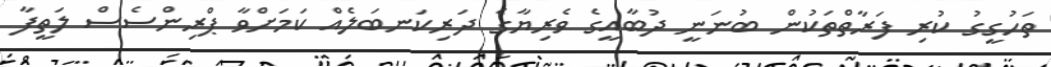
ތަހުގީގު ކުރި ފަރާތްތަކުން ބުނަނީ ދުބާއީގެ ވެރިޔާގެ ދަރިކަނބަލެއް ކަމަށްވާ ޕްރިންސެސް ލަތީފާ